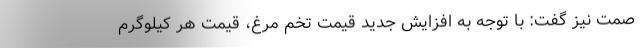
صمت نیز گفت: با توجه به افزایش جدید قیمت تخم مرغ، قیمت هر کیلوگرم